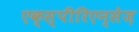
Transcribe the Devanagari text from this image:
एक्स्पीरिएन्सेज़